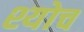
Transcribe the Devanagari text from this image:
श्योच